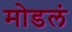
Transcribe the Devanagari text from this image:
मोडलं